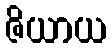
ဇိယာယ